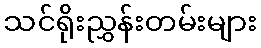
သင်ရိုးညွှန်းတမ်းများ